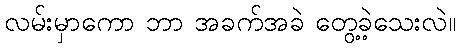
လမ်းမှာကော ဘာ အခက်အခဲ တွေ့ခဲ့သေးလဲ။